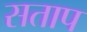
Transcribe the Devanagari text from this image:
सताप